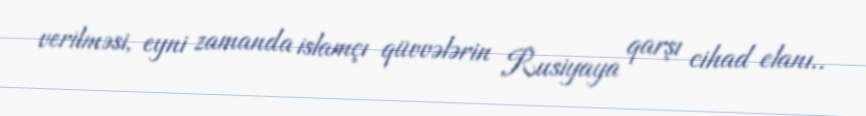
verilməsi, eyni zamanda islamçı qüvvələrin Rusiyaya qarşı cihad elanı..